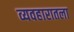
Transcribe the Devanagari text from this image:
व्यवहारातला